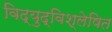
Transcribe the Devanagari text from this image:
विद्युद्विश्लेषित